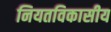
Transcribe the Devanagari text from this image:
नियतविकासीय